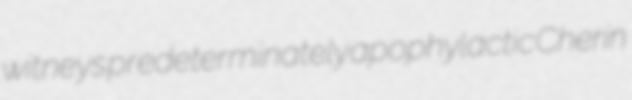
witneys predeterminately apophylactic Cherin